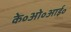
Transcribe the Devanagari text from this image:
के॰ओ॰आई॰